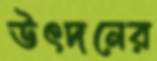
উৎদনের